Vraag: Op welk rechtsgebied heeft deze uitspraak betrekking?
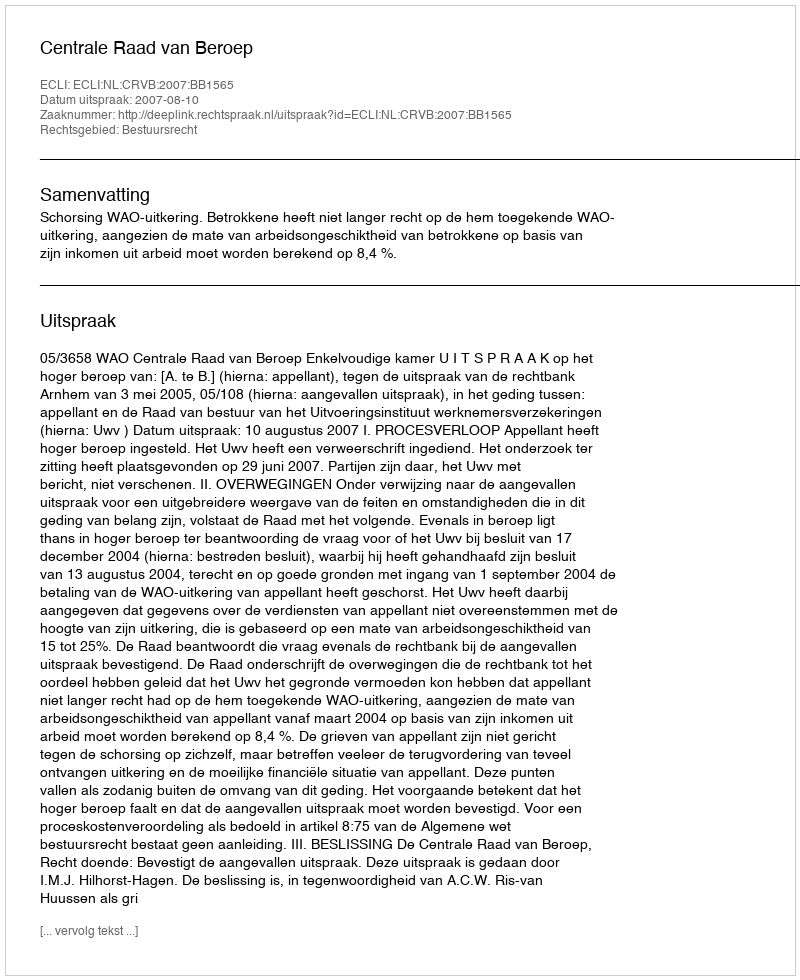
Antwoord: Bestuursrecht